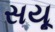
સયૂ